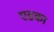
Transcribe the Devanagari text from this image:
एडका